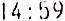
14:59